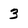
Character: 3